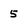
Character: 5